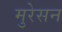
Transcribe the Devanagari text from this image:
मुरेसन